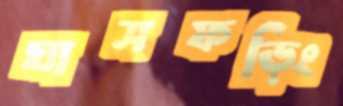
ঘাসফড়িং